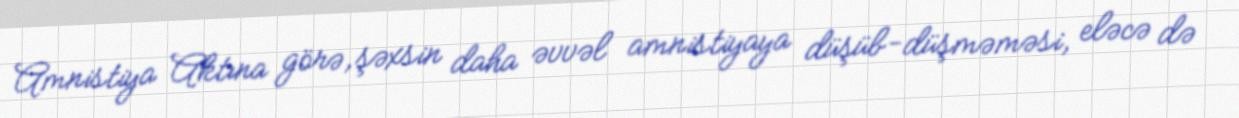
Amnistiya Aktına görə, şəxsin daha əvvəl amnistiyaya düşüb-düşməməsi, eləcə də